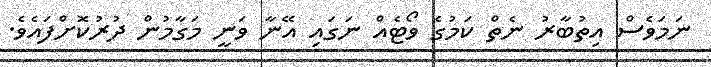
ނަމަވެސް އިތުބާރު ނެތް ކަމުގެ ވޯޓެއް ނަގައި އޭނާ ވަނީ މަގާމުން ދުރުކޮށްފައެވެ.